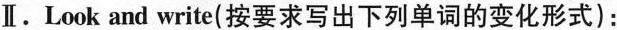
Ⅱ。Look and write(按要求写出下列单词的变化形式)：